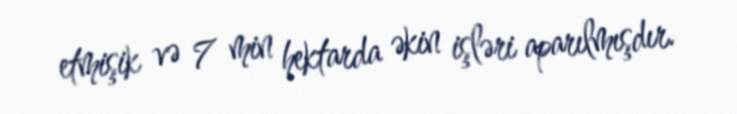
etmişik və 7 min hektarda əkin işləri aparılmışdır.